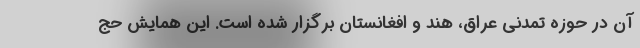
آن در حوزه تمدنی عراق، هند و افغانستان برگزار شده است. این همایش حج